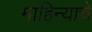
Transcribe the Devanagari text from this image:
माहिन्याचे